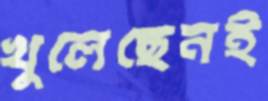
খুলেছেনই